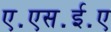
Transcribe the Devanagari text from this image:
ए॰एस॰ई॰ए